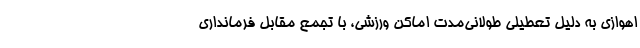
اهوازی به دلیل تعطیلی طولانی‌مدت اماکن ورزشی، با تجمع مقابل فرمانداری